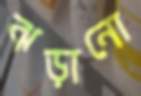
ঝড়ানো